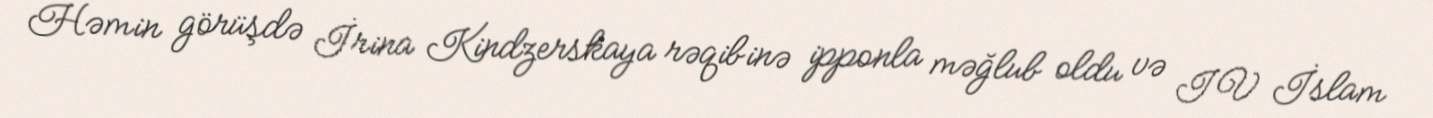
Həmin görüşdə İrina Kindzerskaya rəqibinə ipponla məğlub oldu və IV İslam